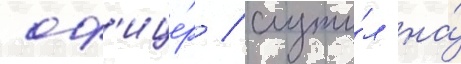
оф'ице́р / служи́л на́